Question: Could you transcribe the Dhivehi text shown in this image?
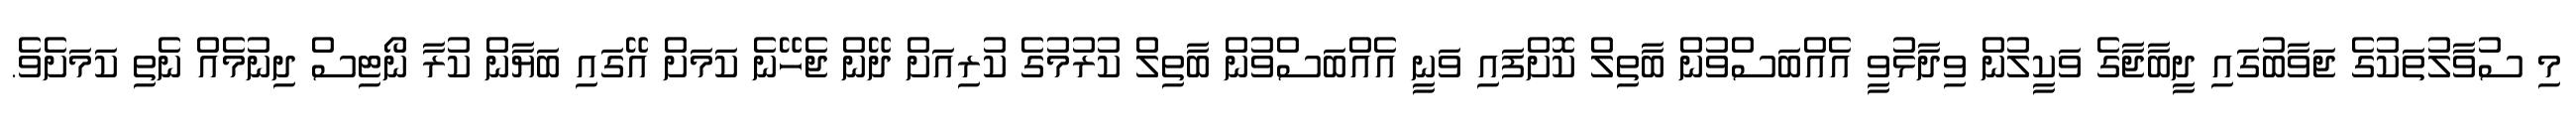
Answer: މި ސުވާލުތަކުގެ ޖަވާބުގައި ދީބާޖާގެ ވަކީލުން ވިދާޅުވީ އެއްބަސްވުން ބާތިލް ކޮށްފައި ވަނީ އެއްބަސްވުން ބާތިލް ކުރުމުގެ ކުރިއަށް ދޭން ޖެހޭނެ ކަމަށް އޭގައި ބަޔާން ކުރާ ނޯޓިސް ދިނުމެއް ނެތި ކަމަށެވެ.